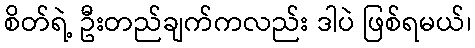
စိတ်ရဲ့ ဦးတည်ချက်ကလည်း ဒါပဲ ဖြစ်ရမယ်၊